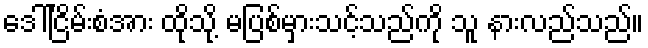
ဒေါ်ငြိမ်းစံအား ထိုသို့ မပြစ်မှားသင့်သည်ကို သူ နားလည်သည်။